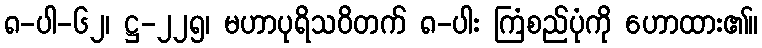
၈-ပါ-၆၂၊ ဋ္ဌ-၂၂၅၊ မဟာပုရိသဝိတက် ၈-ပါး ကြံစည်ပုံကို ဟောထား၏။